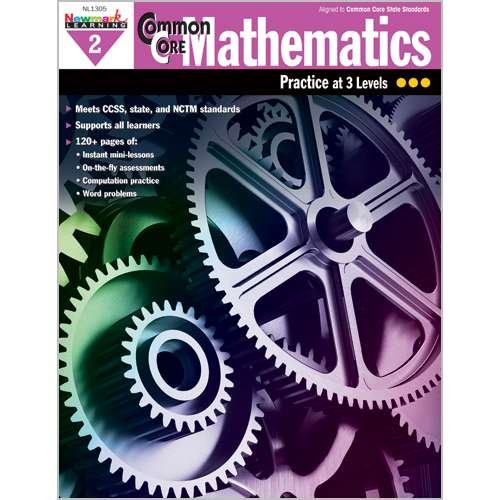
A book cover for Common Core Mathematics for Grade 2; Multiple Authors; Education & Teaching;